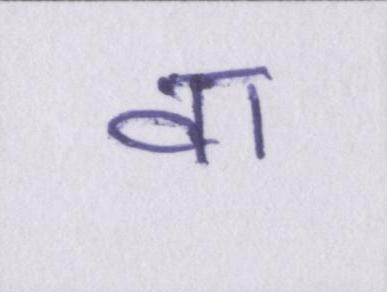
वा